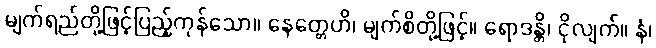
မျက်ရည်တို့ဖြင့်ပြည့်ကုန်သော။ နေတ္တေဟိ၊ မျက်စိတို့ဖြင့်။ ရောဒန္တိ၊ ငိုလျက်။ နံ၊